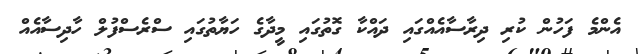
އެންމެ ފަހުން ކުރި ދިރާސާއެއްގައި ދައްކާ ގޮތުގައި މީދާގެ ހަޔާތުގައި ސްރެސްފުލް ހާދިސާއެއް